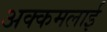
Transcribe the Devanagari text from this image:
अक्कमलाई